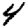
Digit: 4